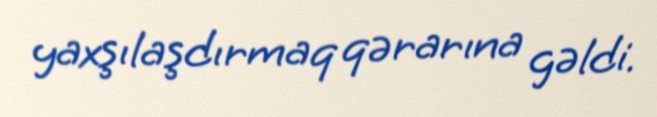
yaxşılaşdırmaq qərarına gəldi.